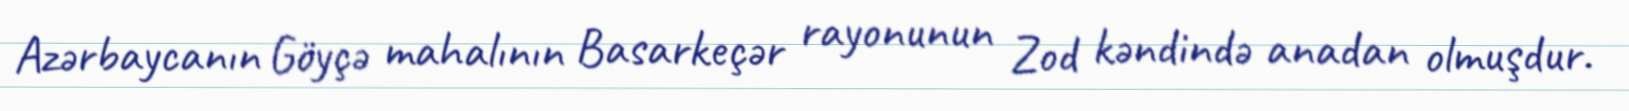
Azərbaycanın Göyçə mahalının Basarkeçər rayonunun Zod kəndində anadan olmuşdur.